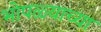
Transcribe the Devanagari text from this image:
भोपळ्याच्या